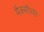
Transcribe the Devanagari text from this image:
मैक्सीमी